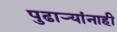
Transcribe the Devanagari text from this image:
पुढार्‍यांनाही